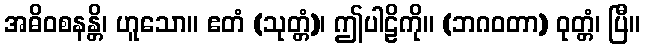
အဓိဝစနန္တိ၊ ဟူသော။ ဧတံ (သုတ္တံ)၊ ဤပါဠိကို။ (ဘဂဝတာ) ဝုတ္တံ၊ ပြီ။